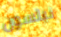
نيلسون